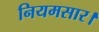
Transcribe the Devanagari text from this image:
नियमसार।